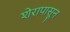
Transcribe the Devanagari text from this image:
शेरापासून